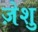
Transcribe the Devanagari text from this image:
ज़ेशु